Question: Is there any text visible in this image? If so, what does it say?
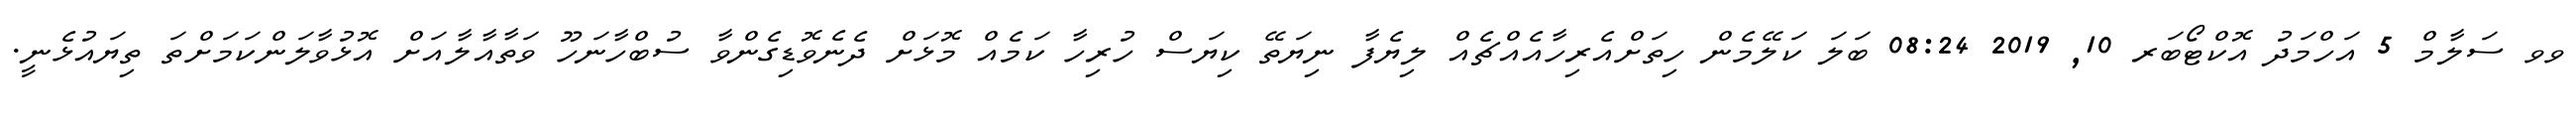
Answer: ވވ ސަލާމް 5 އަހްމަދު އޮކްޓޯބަރ 10, 2019 08:24 ބަލަ ކަލޭމެން ހިތަށްއެރިހާއެއްޗެއް ލިޔެފާ ނިޔަތޭ ކިޔަސް ހުރިހާ ކަމެއް މޮޅަށް ދެނެވޮޑިގެންވާ ސުބްހާނަހޫ ވަތާއާލާއަށް އޮޅުވާލަންކަމަށްތަ ތިޔައުޅެނީ.